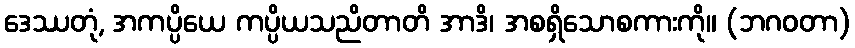
ဒေဿတုံ, အကပ္ပိယေ ကပ္ပိယသညိတာတိ အာဒိ၊ အစရှိသောစကားကို။ (ဘဂဝတာ)